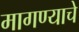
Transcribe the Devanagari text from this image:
मागण्याचे